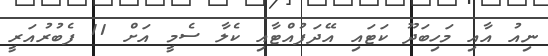
ނިއު އާއި މަހިބަދޫ ކަޓައި އޭދަފުއްޓާއި ކެލާ ސެމީ އަށް 11 ފެބުރުއަރީ